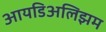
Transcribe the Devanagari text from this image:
आयडिअलिझम